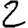
Digit: 2